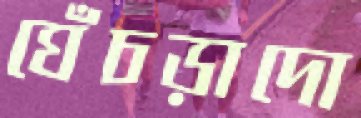
ঘেঁচড়াদো